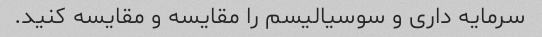
سرمایه داری و سوسیالیسم را مقایسه و مقایسه کنید.